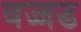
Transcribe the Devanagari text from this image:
वज्जड